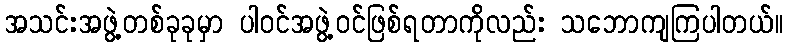
အသင်းအဖွဲ့တစ်ခုခုမှာ ပါဝင်အဖွဲ့ဝင်ဖြစ်ရတာကိုလည်း သဘောကျကြပါတယ်။